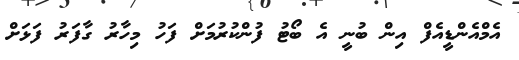
އެމްއެންޑީއެފް އިން ބުނީ އެ ބޯޓު ފުންކުރުމަށް ފަހު މިހާރު ގާފަރު ފަޅަށް